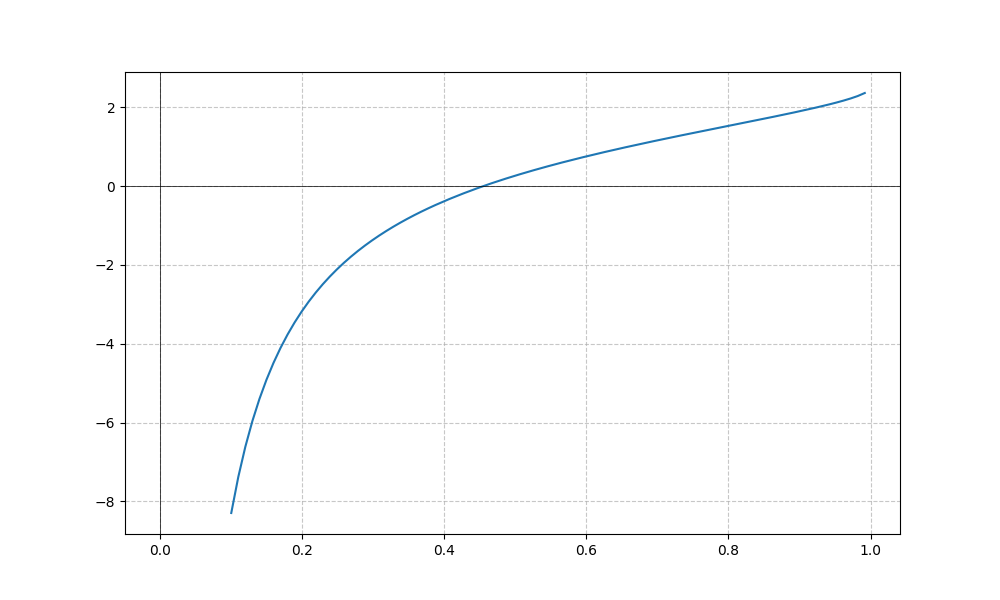
LaTeX formula: - \cot{\left(x \right)} + \operatorname{acos}{\left(- x \right)}